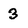
Character: 3